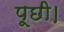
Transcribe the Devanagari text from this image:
पूछी।